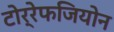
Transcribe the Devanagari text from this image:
टोर्रेफजियोन